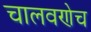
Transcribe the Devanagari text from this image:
चालवणेच